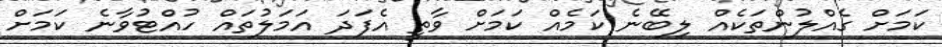
ކަމަށް ގެއްލުންތަކެއް ލިބޭނެ ކަމެއް ކަމަށް ވާތީ އެފަދަ އަމަލުތައް ހުއްޓުވާނެ ކަމަށް